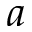
a